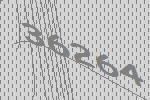
36264